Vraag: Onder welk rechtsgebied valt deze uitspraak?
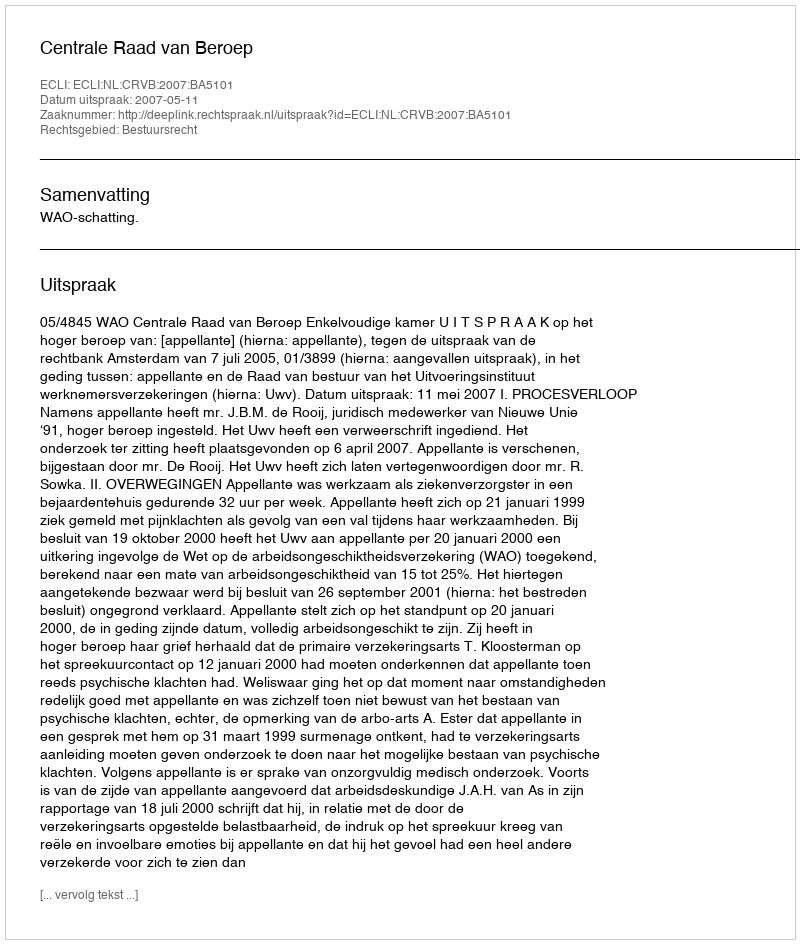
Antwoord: Bestuursrecht